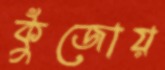
কুঁজোয়